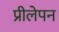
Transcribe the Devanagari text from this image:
प्रीलेपन